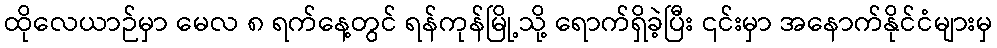
ထိုလေယာဉ်မှာ မေလ ၈ ရက်နေ့တွင် ရန်ကုန်မြို့သို့ ရောက်ရှိခဲ့ပြီး ၎င်းမှာ အနောက်နိုင်ငံများမှ